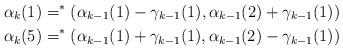
LaTeX: \begin{align*}\alpha_k(1) = ^*(\alpha_{k-1}(1)-\gamma_{k-1}(1),\alpha_{k-1}(2)+\gamma_{k-1}(1)) \\\alpha_k(5) = ^*(\alpha_{k-1}(1)+\gamma_{k-1}(1),\alpha_{k-1}(2)-\gamma_{k-1}(1)) \end{align*}